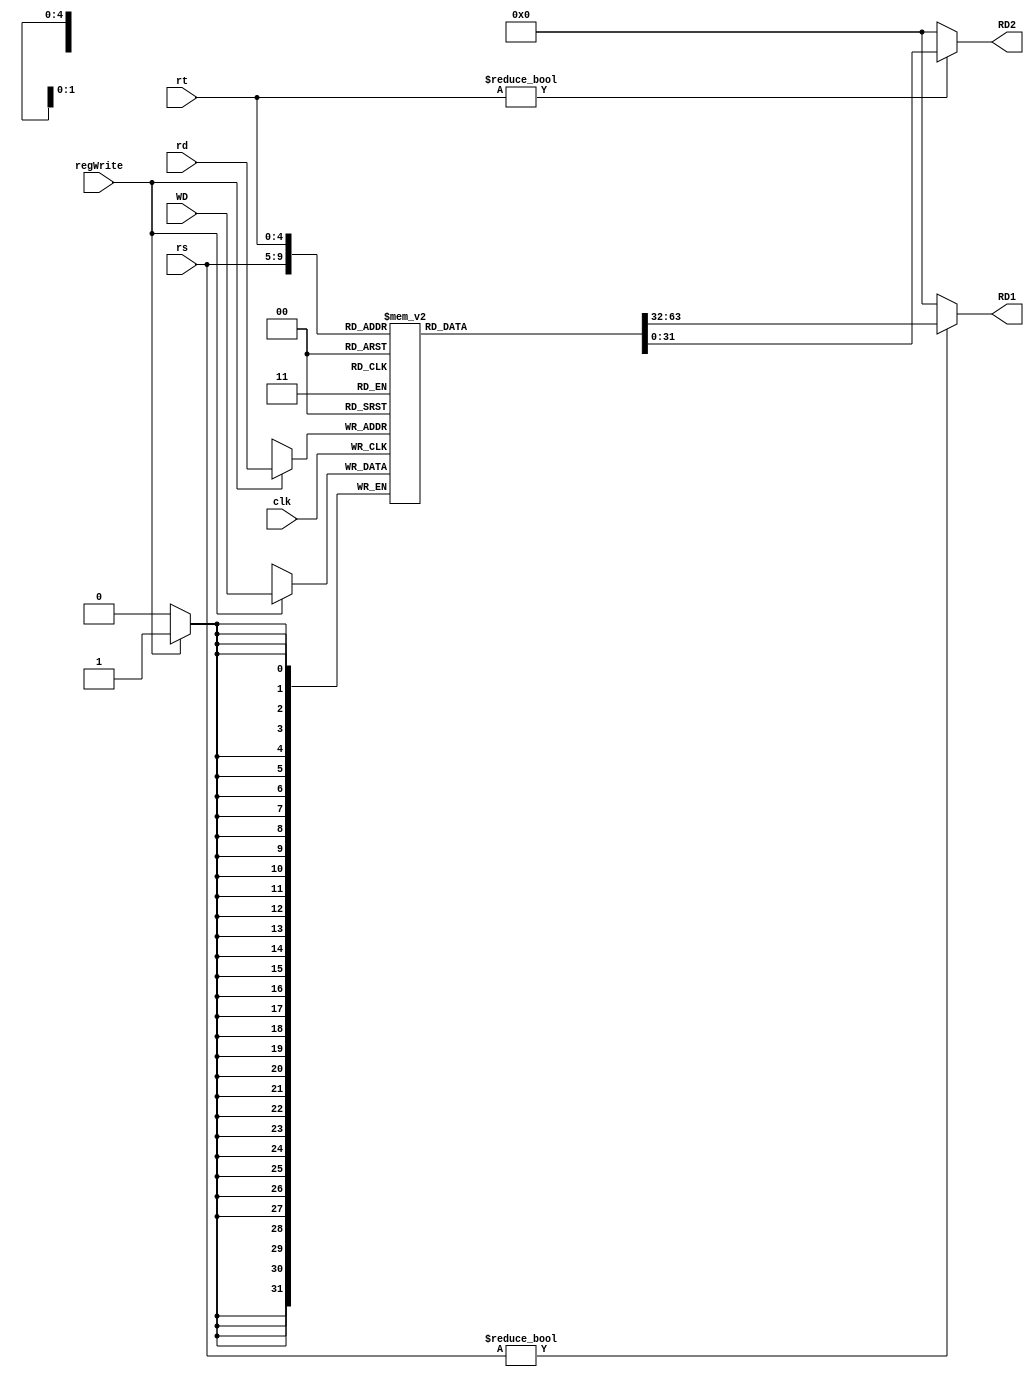
`timescale 1ns / 1ps
//////////////////////////////////////////////////////////////////////////////////
// Company: 
// 
// Design Name: 
// Module Name:     
// Project Name: 
// Target Devices: 
// Tool versions: 
// Description: MIPS single cycle
//
// Dependencies: 
//
// Revision: 
// Revision 0.01 - File Created
// Additional Comments: 
//
//////////////////////////////////////////////////////////////////////////////////




module regfile(input clk,
							input regWrite, 
							input [4:0] rs, input [4:0] rt, input [4:0] rd,
							input [31:0] WD,
					      output [31:0] RD1, output [31:0] RD2);
					
			reg [31:0] rf [31:0];
					
			always @(posedge clk) begin
				if(regWrite == 1'b1) begin
						rf[rd] <= WD;
				end
			end
			
			assign RD1 = (rs!=0)?rf[rs]:0;
			assign RD2 = (rt!=0)?rf[rt]:0;
					
endmodule

module imem( input  [5:0] I, output [31:0] RD); 

  reg  [31:0] RAM[63:0];

  initial begin
      $readmemh("memfile.dat",RAM);
  end

  assign RD = RAM[I]; 

endmodule


module dmem(input clk, input memWrite, input [31:0] A, input [31:0] WD, output [31:0] RD);

		reg [31:0] RAM [63:0];

		assign RD = RAM[A[31:2]];
		
		always@(posedge clk) begin
		
			if(memWrite==1'b1) begin
					
				RAM[A[31:2]]<=WD;
				
			end
				
		end

endmodule

//adder

module adder(input [31:0] in0, input [31:0] in1, output [31:0] out);

		assign out = in0+in1;
	
endmodule



module sl2(input [31:0] in, output [31:0] out);

		assign out = {in[29:0],2'b00};

endmodule



module signext(input [15:0] in, output reg [31:0] signExtIn);


   always@(in)
		begin
		signExtIn[15:0]=in;
		case(in[15])
			1'b0: signExtIn[31:16] = 16'b0000000000000000;
			1'b1: signExtIn[31:16] = 16'b1111111111111111;
		endcase
	end
endmodule


module mux2to1_5bits(input [4:0] in0, input [4:0] in1, input select, output reg [4:0] muxOut);
    
	always@(in0,in1,select)
	begin
	case(select)
		1'b0: muxOut=in0;
		1'b1: muxOut=in1;
	endcase
	end
endmodule

module mux2to1_32bits(input [31:0] in0, input [31:0] in1, input select, output reg [31:0] muxOut);
      
	always@(in0,in1,select)
	begin
	case(select)
		1'b0: muxOut=in0;
		1'b1: muxOut=in1;
	endcase
	end
endmodule

module flopr #(parameter WIDTH = 8)
				  (input clk, input reset,
					input      [WIDTH-1 : 0] d,
					output reg [WIDTH-1 : 0] q);
					
		always@(posedge clk, posedge reset) begin
			
			if(reset) q<=0;
			else		 q<=d;
			
		end

endmodule


//alu


module alu(	input [31:0] in0, in1, 
            input [2:0] select, 
				output reg [31:0] out, output Zero);
				
	always @ ( * )
		case (select)
			3'b000: out <= in0 & in1;
			3'b001: out <= in0 | in1;
			3'b010: out <= in0 + in1;
			3'b011: out <= in0 & ~in1;
			3'b101: out <= in0 + ~in1;
			3'b110: out <= in0 - in1;
			3'b111: out <= in0 < in1 ? 1:0;
			default: out <= 0; 
		endcase
	
	assign Zero = (out == 32'b0);
	
endmodule

// control circuit

module controller(input [5:0] op, input [5:0] funct, input zero,
						output memToReg, output memWrite,
						output pcSrc, output aluSrc,
						output regDst, output regWrite,
						output jump,
						output [2:0] aluControl);

		wire [1:0] aluOp;
		wire branch;
		
		mainDecoder md(op,memToReg,memWrite,branch,aluSrc,regDst,regWrite,jump,aluOp);
		aluDecoder ad(funct,aluOp,aluControl);
		
		assign pcSrc = branch & zero;
		
		
endmodule

module mainDecoder(input [5:0]op,
				   output memToReg, output memWrite,
					output branch, output  aluSrc,
					output regDst, output regWrite,
					output jump,
					output [1:0] aluOp);
					

		reg [8:0] controls;
		assign {regWrite,regDst,aluSrc,branch,memWrite,memToReg,jump,aluOp} = controls;
		
		always@(*) begin
			
			case(op)
				6'b000000 : controls <= 9'b110000010;//Rtype
				6'b100011 : controls <= 9'b101001000;//LW
				6'b101011 : controls <= 9'b001010000;//SW
				6'b000100 : controls <= 9'b000100001;//BEQ
				6'b001000 : controls <= 9'b101000000;//ADDI
				6'b000010 : controls <= 9'b000000100;//J
				default   : controls <= 9'bxxxxxxxxx;//illegal
			endcase
			
		end
		

endmodule


module aluDecoder(input [5:0]funct, input [1:0]aluOp, output  reg [2:0] aluControl);
	
	always@(*) begin
		
		case(aluOp)
			2'b00 : aluControl <= 3'b010; //add for lw sw addi
			2'b01 : aluControl <= 3'b110; //sub for beq
			default: 
					   case(funct) //R type
							6'b100000 : aluControl <= 3'b010; //add
							6'b100010 : aluControl <= 3'b110; //sub
							6'b100100 : aluControl <= 3'b000; //and
							6'b100101 : aluControl <= 3'b001; //or
							6'b101010 : aluControl <= 3'b111; //slt
							default   : aluControl <= 3'bxxx; //illegal
						endcase
		endcase
		
	end


endmodule


// Datapath

module datapath(input  clk, reset,
				input  memToReg, pcSrc,
				input  aluSrc, regDst,
				input  regWrite, jump,
				input  [2:0] aluControl,
				output zero,
				output [31:0] pc,
				input  [31:0] instr,
				output [31:0] aluout, writeData,
				input  [31:0] readData);
				
		wire [4:0] writereg;
		wire [31:0] pcNext, pcNextbr, pcPlus4, pcBranch;
		wire [31:0] signImm, signImmsh;
		wire [31:0] src1, src2;
		wire [31:0] result;
		
		// next PC logic
		flopr #(32) pcreg(clk, reset, pcNext, pc);
		adder pcadd1(pc, 32'b100, pcPlus4);
		sl2 immsh(signImm, signImmsh);
		adder pcadd2(pcPlus4, signImmsh, pcBranch);
		mux2to1_32bits pcbrmux(pcPlus4, pcBranch, pcSrc, pcNextbr);
		mux2to1_32bits pcmux(pcNextbr, {pcPlus4[31:28], instr[25:0], 2'b00}, jump, pcNext);
		
		// register file logic
		regfile rf(clk, regWrite, instr[25:21], instr[20:16], writereg, result, src1, writeData);
		mux2to1_5bits wrmux(instr[20:16], instr[15:11], regDst, writereg);
		mux2to1_32bits resmux(aluout, readData, memToReg, result);
		signext se(instr[15:0], signImm);
		
		// ALU logic
		mux2to1_32bits src2mux(writeData, signImm, aluSrc, src2);
		alu alu(src1, src2, aluControl, aluout, zero);


endmodule



module mips(input  clk, reset,
				output [31:0] pc,
				input  [31:0] instr,
				output memWrite,
				output [31:0] aluout, writeData,
				input  [31:0] readData);

			wire memToReg, aluSrc, regDst, regWrite, jump, pcSrc, zero;
			wire [2:0] aluControl;
				
			controller c(instr[31:26], instr[5:0], zero, memToReg, memWrite, 
						 pcSrc, aluSrc, regDst, regWrite, jump, aluControl);
			
			datapath dp(clk, reset, memToReg, pcSrc, aluSrc, regDst, regWrite,
             			jump, aluControl, zero, pc, instr, aluout, writeData, readData);

endmodule



//top module

module top(input  clk, reset,
		   output [31:0] writeData, dataAdr,
		   output memWrite);

	wire [31:0] pc, instr, readData;
	
	// instantiate processor and memories
	
	mips mips(clk, reset, pc, instr, memWrite, dataAdr,writeData, readData);
	
	imem imem(pc[7:2], instr);
	
	dmem dmem(clk, memWrite, dataAdr, writeData, readData);

endmodule



//test bench

module testbench();

	reg clk;
	reg reset;
	wire [31:0] writeData, dataAdr;
	wire memWrite;
	
	// instantiate device to be tested
	top dut (clk, reset, writeData, dataAdr, memWrite);
	
	// initialize test
	initial
	begin
		reset <= 1; # 22; reset <= 0;
	end
	
	// generate clock to sequence tests
	always
	begin
		clk <= 1; # 5; clk <= 0; # 5;
	end
	
	// check results
	always @(negedge clk)
	begin
		if (memWrite) begin
			if (dataAdr===84 & writeData===7) begin
				$display("Simulation succeeded");
				$stop;
				end else if (dataAdr !==80) begin
				$display("Simulation failed");
				$stop;
			end
		end
	end

endmodule